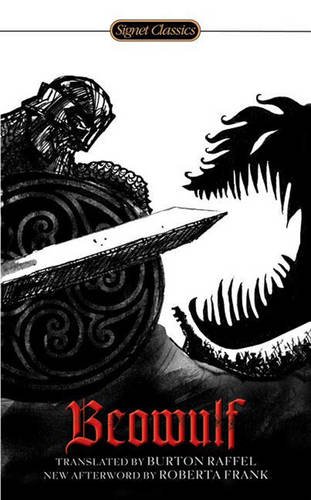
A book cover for Beowulf (Signet Classics); Anonymous; Literature & Fiction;